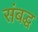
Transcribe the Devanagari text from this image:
संबद्घ